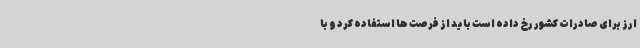
ارز برای صادرات کشور رخ داده است باید از فرصت ها استفاده کرد و با